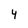
Character: 4